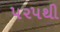
૫૨૫થી